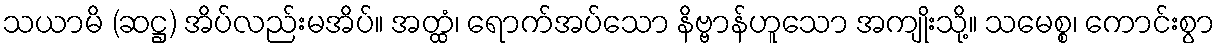
သယာမိ (ဆဋ္ဌ) အိပ်လည်းမအိပ်။ အတ္ထံ၊ ရောက်အပ်သော နိဗ္ဗာန်ဟူသော အကျိုးသို့။ သမေစ္စ၊ ကောင်းစွာ